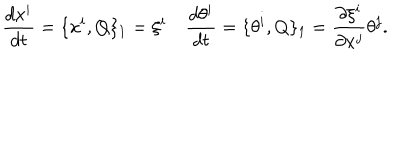
LaTeX: \frac { d x ^ { i } } { d t } = \{ x ^ { i } , Q \} _ { 1 } = \xi ^ { i } \quad \frac { d \theta ^ { i } } { d t } = \{ \theta ^ { i } , Q \} _ { 1 } = \frac { \partial \xi ^ { i } } { \partial x ^ { j } } \theta ^ { j } .